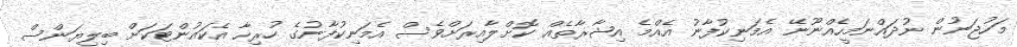
މަހުޖަނުން ނުދައްނަމީހެއްނޫނޭ އެމަނިކުފާނު އެއްމެ އިޝާރާތެއް ކޮށްލާއިރަށްވެސް އެމަނިކުފާނުގެ ހުރިހާ އެކައުންޓަކަށް ބިލިޔަންސް